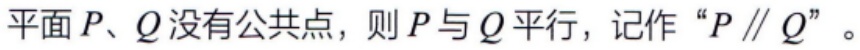
平面\(P、Q\)没有公共点，则\(P\)与\(Q\)平行，记作“\(P \parallel Q\)”。